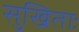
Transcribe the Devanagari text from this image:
सुखिताः